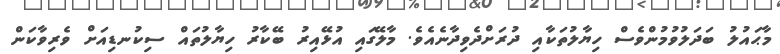
މާޙައުލު ބަދަލުވުމުންވެސް ހިޔާލުތަކާއި ދުރަށްދެވިދާނެއެވެ. މާލޭގައި އުޅޭއިރު ބޭކާރު ހިޔާލުތައް ސިކުނޑިއަށް ވެރިވާކަން